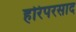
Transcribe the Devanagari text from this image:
हरिपरसाद